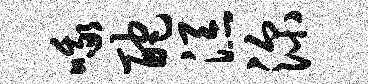
哦酡添深